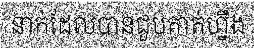
នាក់ដែលបានជួបគាត់ហ្នឹង